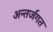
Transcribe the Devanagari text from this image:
अन्तर्जगत